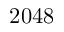
2 0 4 8